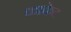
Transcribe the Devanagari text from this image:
काकेट